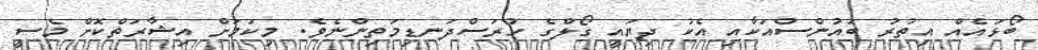
ބޯޅައެއް އިތުރު ބައުންސްއަކާއި އެކު ދިޔައީ ގޯލްގެ ހުރަސްދަނޑިމަތިންނެވެ. މިކަމަށް އިޝާރަތްކޮށް މެސީ